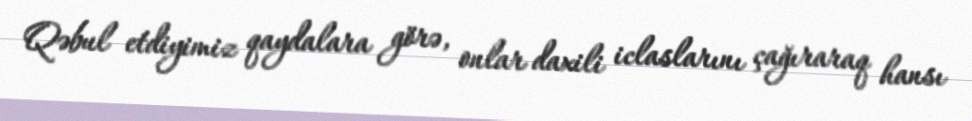
Qəbul etdiyimiz qaydalara görə, onlar daxili iclaslarını çağıraraq hansı